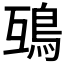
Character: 𩿍